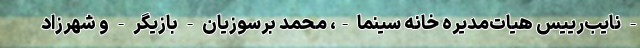
- نایب‌رییس هیات‌مدیره خانه سینما -، محمد برسوزیان - بازیگر - و شهرزاد